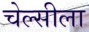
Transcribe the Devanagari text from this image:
चेल्सीला